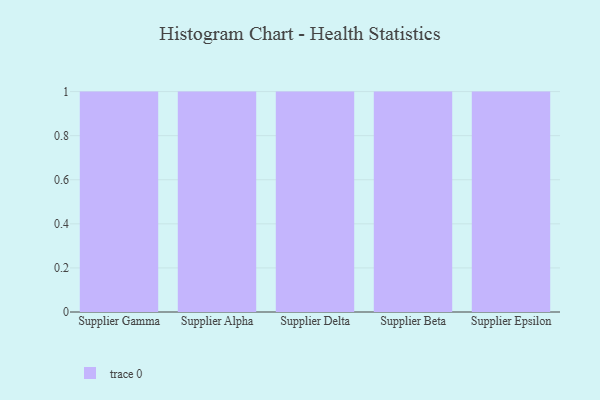
{"axis": {"x": "Supplier", "y": "Latency (ms)"}, "legend": [""], "data": [{"x": "Supplier Gamma", "y": 60, "type": ""}, {"x": "Supplier Alpha", "y": 13, "type": ""}, {"x": "Supplier Delta", "y": 72, "type": ""}, {"x": "Supplier Beta", "y": 5, "type": ""}, {"x": "Supplier Epsilon", "y": 58, "type": ""}]}